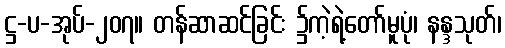
ဋ္ဌ-ပ-အုပ်-၂၀၇။ တန်ဆာဆင်ခြင်း ၌ကဲ့ရဲ့တော်မူပုံ၊ နန္ဒသုတ်၊